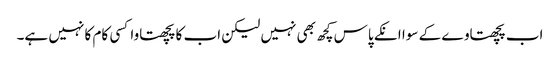
اب پچھتاوے کے سوا انکے پاس کچھ بھی نہیں لیکن اب کا پچھتاوا کسی کام کا نہیں ہے۔